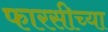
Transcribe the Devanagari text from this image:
फारसीच्या